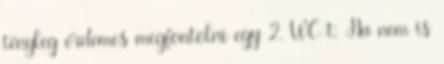
tényleg érdemes megfontolni egy 2. WC-t. Ha nem is